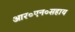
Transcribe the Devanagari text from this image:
आर०एन०सहाय